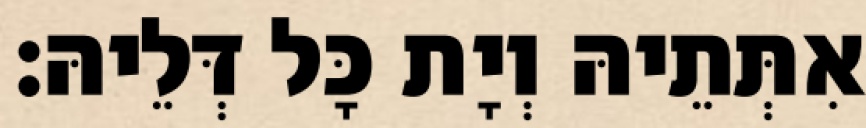
אִתְּתֵיהּ וְיָת כָּל דְּלֵיהּ׃